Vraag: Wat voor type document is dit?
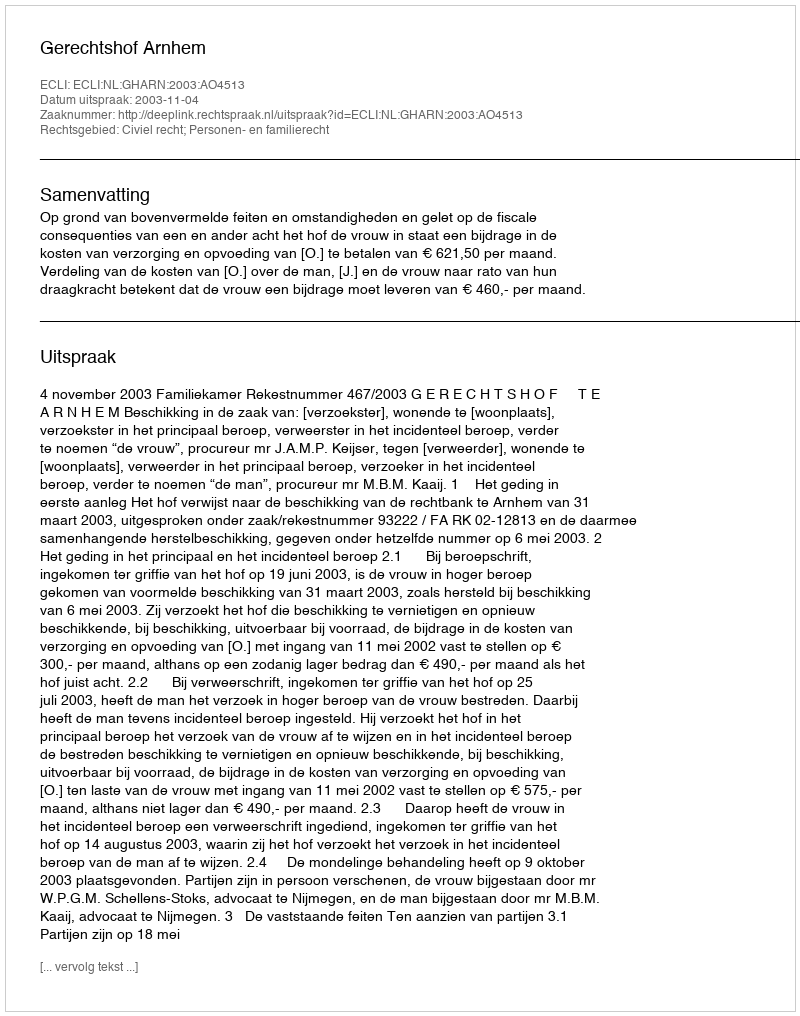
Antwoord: Uitspraak